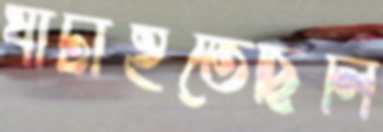
ঘাঁটাইতেছিলি